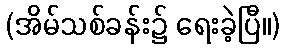
(အိမ်သစ်ခန်း၌ ရေးခဲ့ပြီ။)